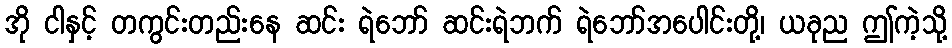
အို ငါနှင့် တကွင်းတည်းနေ ဆင်း ရဲဘော် ဆင်းရဲဘက် ရဲဘော်အပေါင်းတို့၊ ယခုည ဤကဲ့သို့